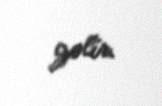
gəlir.